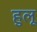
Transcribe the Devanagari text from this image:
हुलू